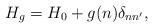
LaTeX: \begin{align*} H_g=H_0+g(n)\delta_{nn'},\end{align*}